Annual statistical returns and brief notes on vaccination in Bengal - 1896-1909
Year: 1896
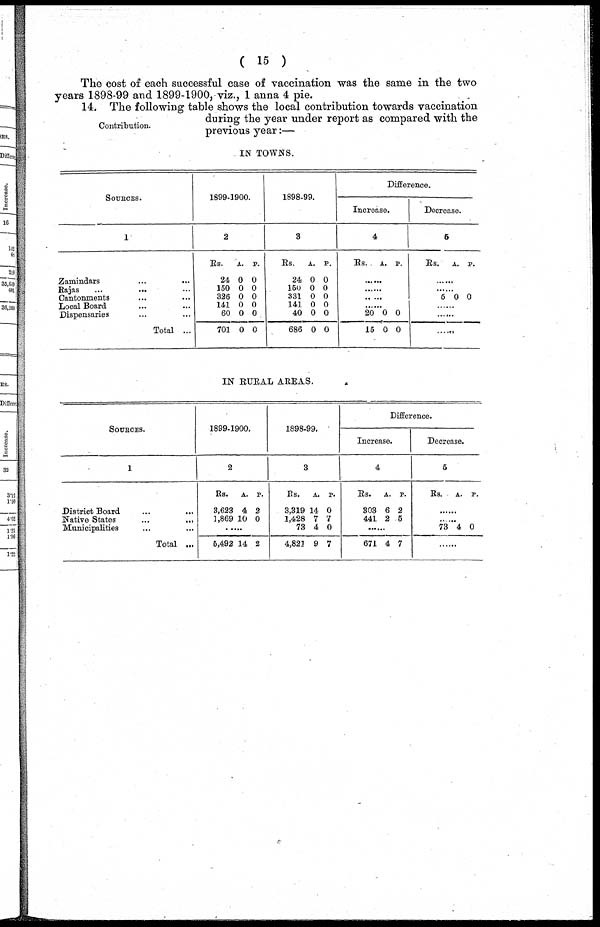
( 15 )
The cost of each successful case of vaccination was the same in the two
years 1898-99 and 1899-1900. viz., 1 anna 4 pie.
Contribution.
14. The following table shows the local contribution towards vaccination
during the year under report as compared with the
previous year:—
IN TOWNS.
SOURCES.
1
Zamindars
...
...
Rajas
...
... ...
Cantonments ... ...
Local Board ... ...
Dispensaries ... ...
Total ...
1899-1900.
2
Rs.
24
150
326
141
60
701
A.
0
0
0
0
0
0
P.
0
0
0
0
0
0
1898-99.
3
Rs.
24
150
331
141
40
686
A.
0
0
0
0
0
0
P.
0
0
0
0
0
0
Difference.
Increase.
4
Rs. A. P.
......
......
......
20
15
0
0
0
0
Decrease.
5
Rs. A. P.
......
......
5 0 0
......
......
......
IN RURAL AREAS.
SOURCES.
1
District Board ... ...
Native States
...
...
Municipalities
...
...
Total ...
1899-1900.
2
Rs.
3,623
1,869
A.
4
10
P.
2
0
5,492 14 2
1898-99.
3
Rs.
3,319
1,428
73
4,821
A.
14
7
4
9
P.
0
7
0
7
Difference.
Increase.
4
Rs.
303
441
A.
6
2
P.
2
5
......
671 4 7
Decrease.
5
Rs. A. P.
......
......
73 4 0
......